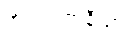
အဿာဇာနီယာ